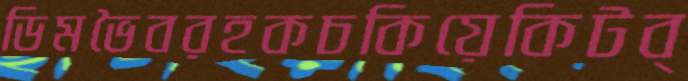
ডিমভৈবরহকচকিয়েকিটব্